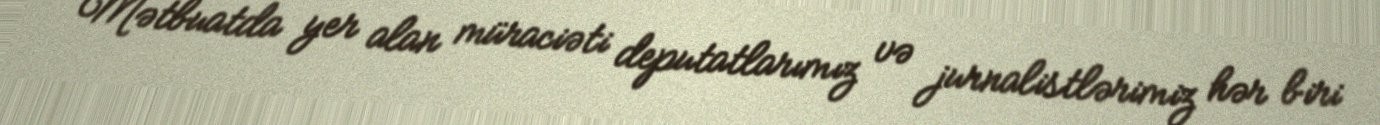
Mətbuatda yer alan müraciəti deputatlarımız və jurnalistlərimiz hər biri